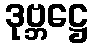
ဒုဗ္ဘဋ္ဌေ